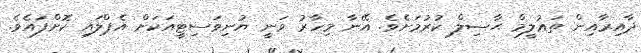
ދާއިރާއިން ތަޢުލީމް ޙާޞިލް ކުރުމަށެވެ. އޭނާ މިހާރު ވަނީ ޔުނިވަސިޓީއަކަށް އެޕްލައި ކޮށްފައެވެ.